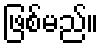
ဖြစ်မည်။